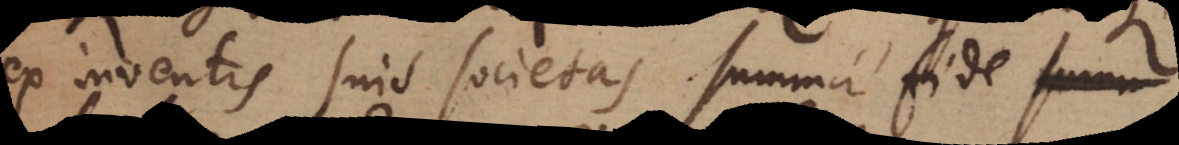
ex inventis suis societas summa fide summa